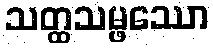
သတ္ထသမ္ဖဿော